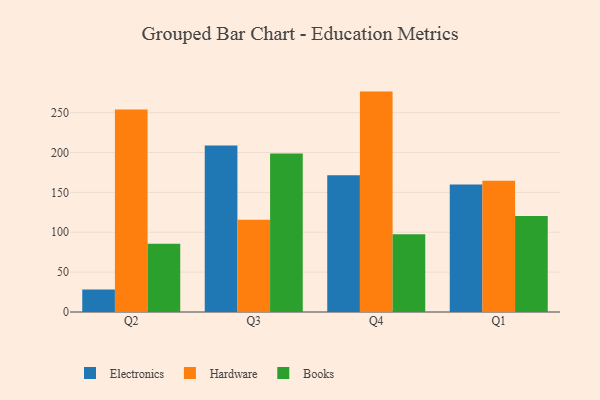
{"axis": {"x": "Quarter", "y": "Conversion Rate (%)"}, "legend": ["Books", "Electronics", "Hardware"], "data": [{"x": "Q2", "y": 28.3, "type": "Electronics"}, {"x": "Q2", "y": 254.0, "type": "Hardware"}, {"x": "Q2", "y": 85.7, "type": "Books"}, {"x": "Q3", "y": 208.8, "type": "Electronics"}, {"x": "Q3", "y": 115.6, "type": "Hardware"}, {"x": "Q3", "y": 198.7, "type": "Books"}, {"x": "Q4", "y": 171.5, "type": "Electronics"}, {"x": "Q4", "y": 276.4, "type": "Hardware"}, {"x": "Q4", "y": 97.4, "type": "Books"}, {"x": "Q1", "y": 159.9, "type": "Electronics"}, {"x": "Q1", "y": 164.6, "type": "Hardware"}, {"x": "Q1", "y": 120.3, "type": "Books"}]}